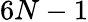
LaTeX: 6N-1